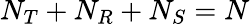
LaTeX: N_{T}+N_{R}+N_{S}=N